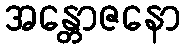
အန္တောဇနော